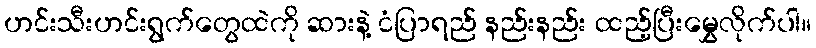
ဟင်းသီးဟင်းရွက်တွေထဲကို ဆားနဲ့ ငံပြာရည် နည်းနည်း ထည့်ပြီးမွှေလိုက်ပါ။